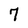
Character: 7